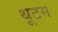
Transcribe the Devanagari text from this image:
थूटम